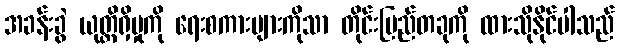
အခန်းခွဲ ယုတ္တိရှိမှုကို ရေးစကားများကိုသာ တိုင်းပြည်တခုကို ထားသိုနိုင်ပါသည်